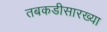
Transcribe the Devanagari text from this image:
तबकडीसारख्या